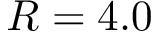
R = 4 . 0